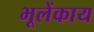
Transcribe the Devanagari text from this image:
भूलेंकाय